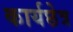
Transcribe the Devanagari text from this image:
कार्यछेत्र